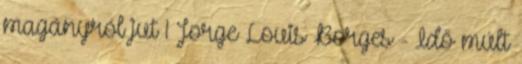
magányról jut 1 Jorge Louis Borges - Idő múlt